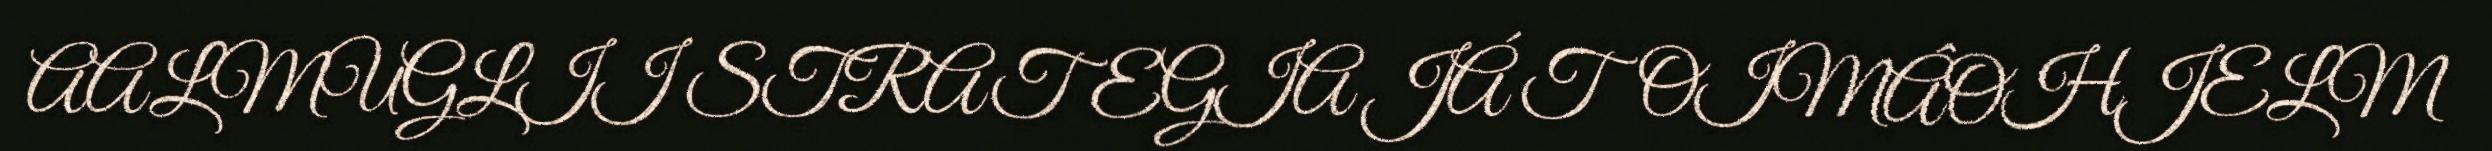
AALMUGLII STRATEGIA JÁ TOIMÂOHJELM